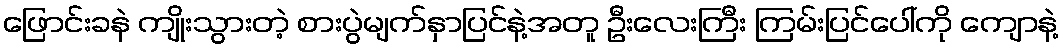
ဖြောင်းခနဲ ကျိုးသွားတဲ့ စားပွဲမျက်နှာပြင်နဲ့အတူ ဦးလေးကြီး ကြမ်းပြင်ပေါ်ကို ကျောနဲ့